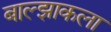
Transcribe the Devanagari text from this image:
बाल्झाकला